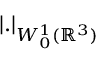
| . | _ { W _ { 0 } ^ { 1 } ( { \mathbb R } ^ { 3 } ) }